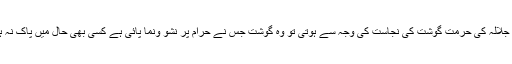
اگر جلالہ کی حرمت گوشت کی نجاست کی وجہ سے ہوتی تو وہ گوشت جس نے حرام پر نشو ونما پائی ہے کسی بھی حال میں پاک نہ ہوتا۔